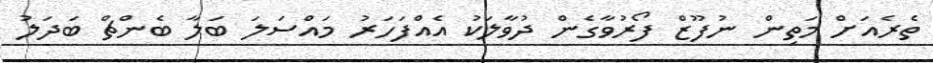
ތެރެއަށް މަތިން ނުފޫޒް ފޯރުވާގެން ދުވާލަކު އެއްފަހަރު މައްސަލަ ބަލާ ބެންޗް ބަދަލު